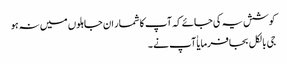
کوشش یہ کی جائے کہ آپ کا شمار ان جاہلوں میں نہ ہو
جی بالکل بجا فرمایا ٰآپ نے ۔